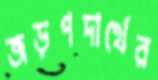
জড়পদার্থের